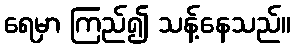
ရေမှာ ကြည်၍ သန့်နေသည်။